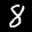
Label: 8